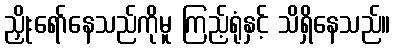
ညှိုးရော်နေသည်ကိုမူ ကြည့်ရုံနှင့် သိရှိနေသည်။